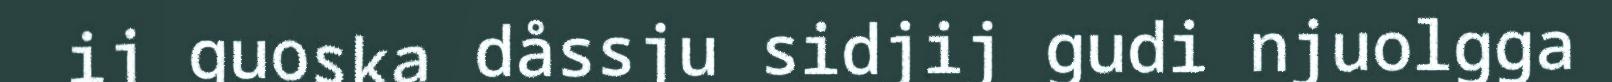
ij guoska dåssju sidjij gudi njuolgga